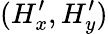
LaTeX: (H_{x}^{\prime},H_{y}^{\prime})